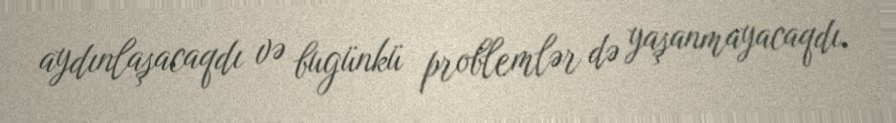
aydınlaşacaqdı və bugünkü problemlər də yaşanmayacaqdı.